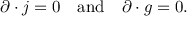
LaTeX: \partial \cdot j = 0 \, \, \, \, \, \, \mathrm { a n d } \, \, \, \, \, \, \partial \cdot g = 0 .